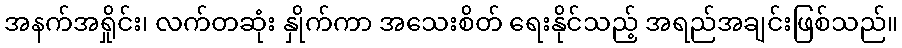
အနက်အရှိုင်း၊ လက်တဆုံး နှိုက်ကာ အသေးစိတ် ရေးနိုင်သည့် အရည်အချင်းဖြစ်သည်။